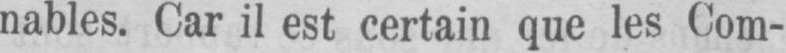
nables. Car il est certain que les Com-